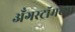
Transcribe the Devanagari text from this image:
अँगस्ट्रॉमच्या